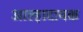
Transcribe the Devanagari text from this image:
आल्हादायक